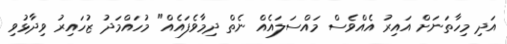
އަދި މިހާތަނަށް އައިރު އެއްވެސް މައްސަލައެއް ނެތް ދިމާވެފައެއް" މުހައްމަދު ޒުހައިރު ވިދާޅުވި